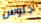
جلوس